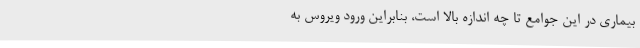
بیماری در این جوامع تا چه اندازه بالا است، بنابراین ورود ویروس به